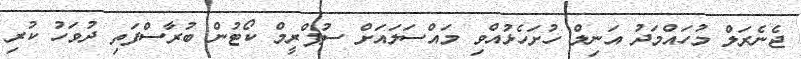
ޖެނެރަލް މުހައްމަދު އަނިލް ހުށަހެޅުއްވި މައްސަލައަށް ސުޕްރީމް ކޯޓުން ބުރާސްފަތި ދުވަހު ކުރި